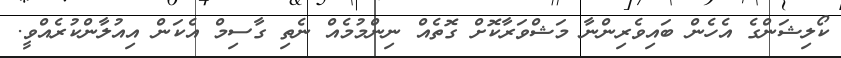
ކޯލިޝަންގެ އެހެން ބައިވެރިންނާ މަޝްވަރާކޮށް ގޮތެއް ނިންމުމެއް ނެތި ގާސިމް އެކަން އިއުލާންކުރެއްވީ.